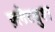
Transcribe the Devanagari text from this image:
फ़्लैटबुश